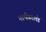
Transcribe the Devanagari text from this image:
नार्थंबरलैंड